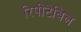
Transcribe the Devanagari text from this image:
रिपीटेबिल